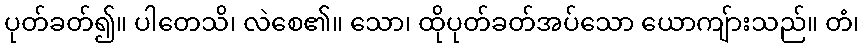
ပုတ်ခတ်၍။ ပါတေသိ၊ လဲစေ၏။ သော၊ ထိုပုတ်ခတ်အပ်သော ယောကျ်ားသည်။ တံ၊